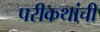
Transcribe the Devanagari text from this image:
परीकथांची